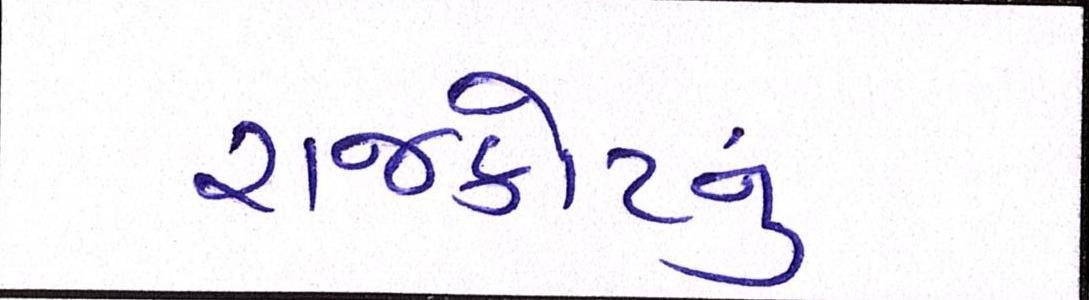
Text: રાજકોટનું